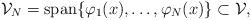
LaTeX: \begin{align*}\mathcal{V}_N = \mathrm{span}\{\varphi_1(x),\ldots,\varphi_N(x)\} \subset \mathcal{V},\end{align*}